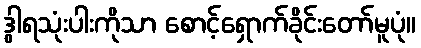
ဒွါရသုံးပါးကိုသာ စောင့်ရှောက်ခိုင်းတော်မူပုံ။